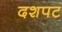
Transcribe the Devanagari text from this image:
दशपट